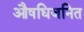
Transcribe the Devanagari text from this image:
औषधिजनित